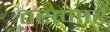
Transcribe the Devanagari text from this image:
ठसणारे